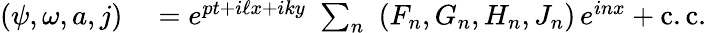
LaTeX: \begin{array}{rl}{(\psi,\omega,a,j)}&{{}=e^{pt+i\ell x+iky}\, \, \sum_{n}\, \, \, (F_{n},G_{n},H_{n},J_{n})\, e^{inx}+\mathrm{c.c.}}\end{array}